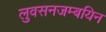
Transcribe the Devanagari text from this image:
लुवसनजम्बयिन